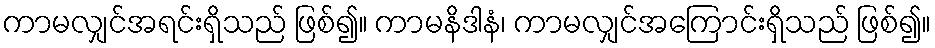
ကာမလျှင်အရင်းရှိသည် ဖြစ်၍။ ကာမနိဒါနံ၊ ကာမလျှင်အကြောင်းရှိသည် ဖြစ်၍။